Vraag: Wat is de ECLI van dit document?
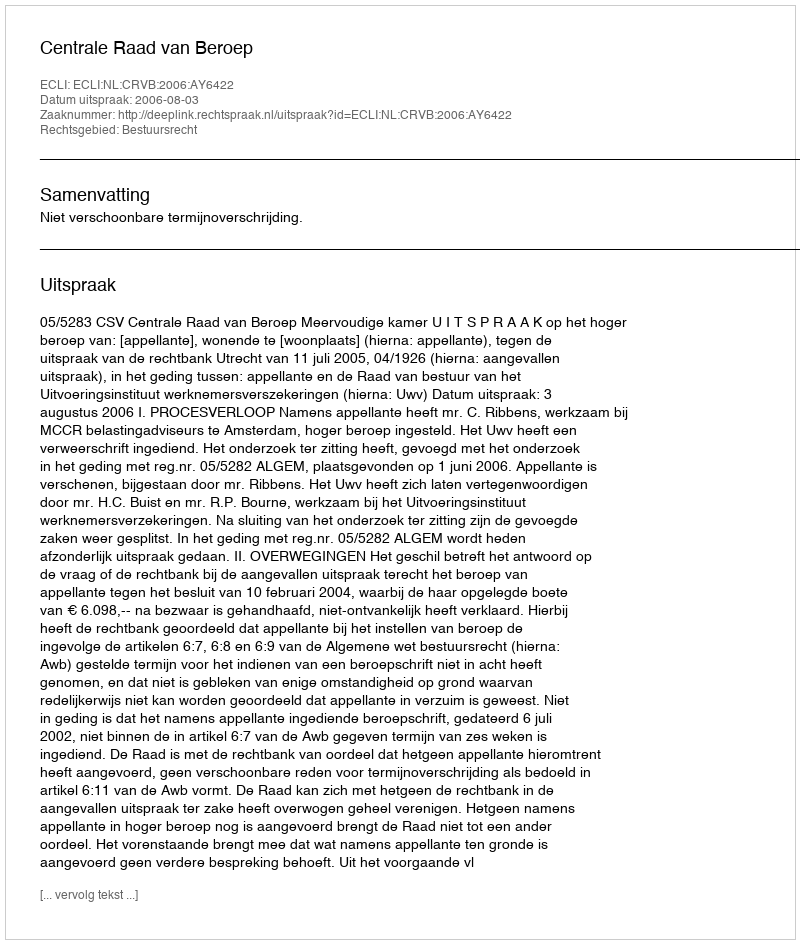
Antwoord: ECLI:NL:CRVB:2006:AY6422